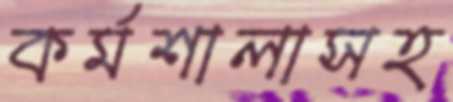
কর্মশালাসহ